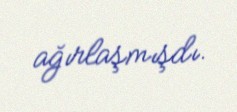
ağırlaşmışdı.